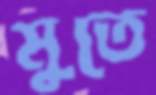
মুতে